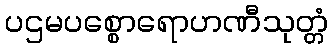
ပဌမပစ္စောရောဟဏီသုတ္တံ